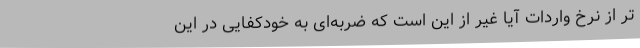
تر از نرخ واردات آیا غیر از این است که ضربه‌ای به خودکفایی در این